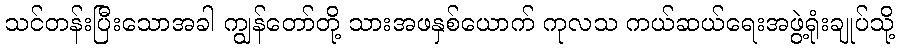
သင်တန်းပြီးသောအခါ ကျွန်တော်တို့ သားအဖနှစ်ယောက် ကုလသ ကယ်ဆယ်ရေးအဖွဲ့ရုံးချုပ်သို့